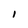
Character: I